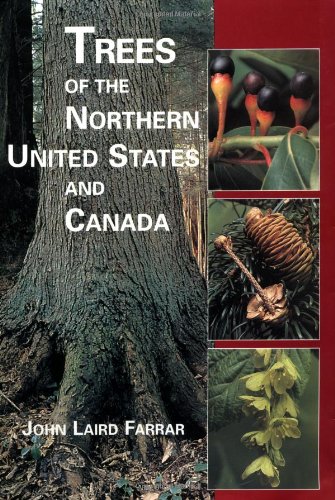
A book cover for Trees of the Northern United States and Canada; John Laird Farrar; Crafts, Hobbies & Home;